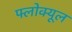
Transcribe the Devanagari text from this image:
फ्लोक्यूल